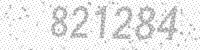
Solution: 821284